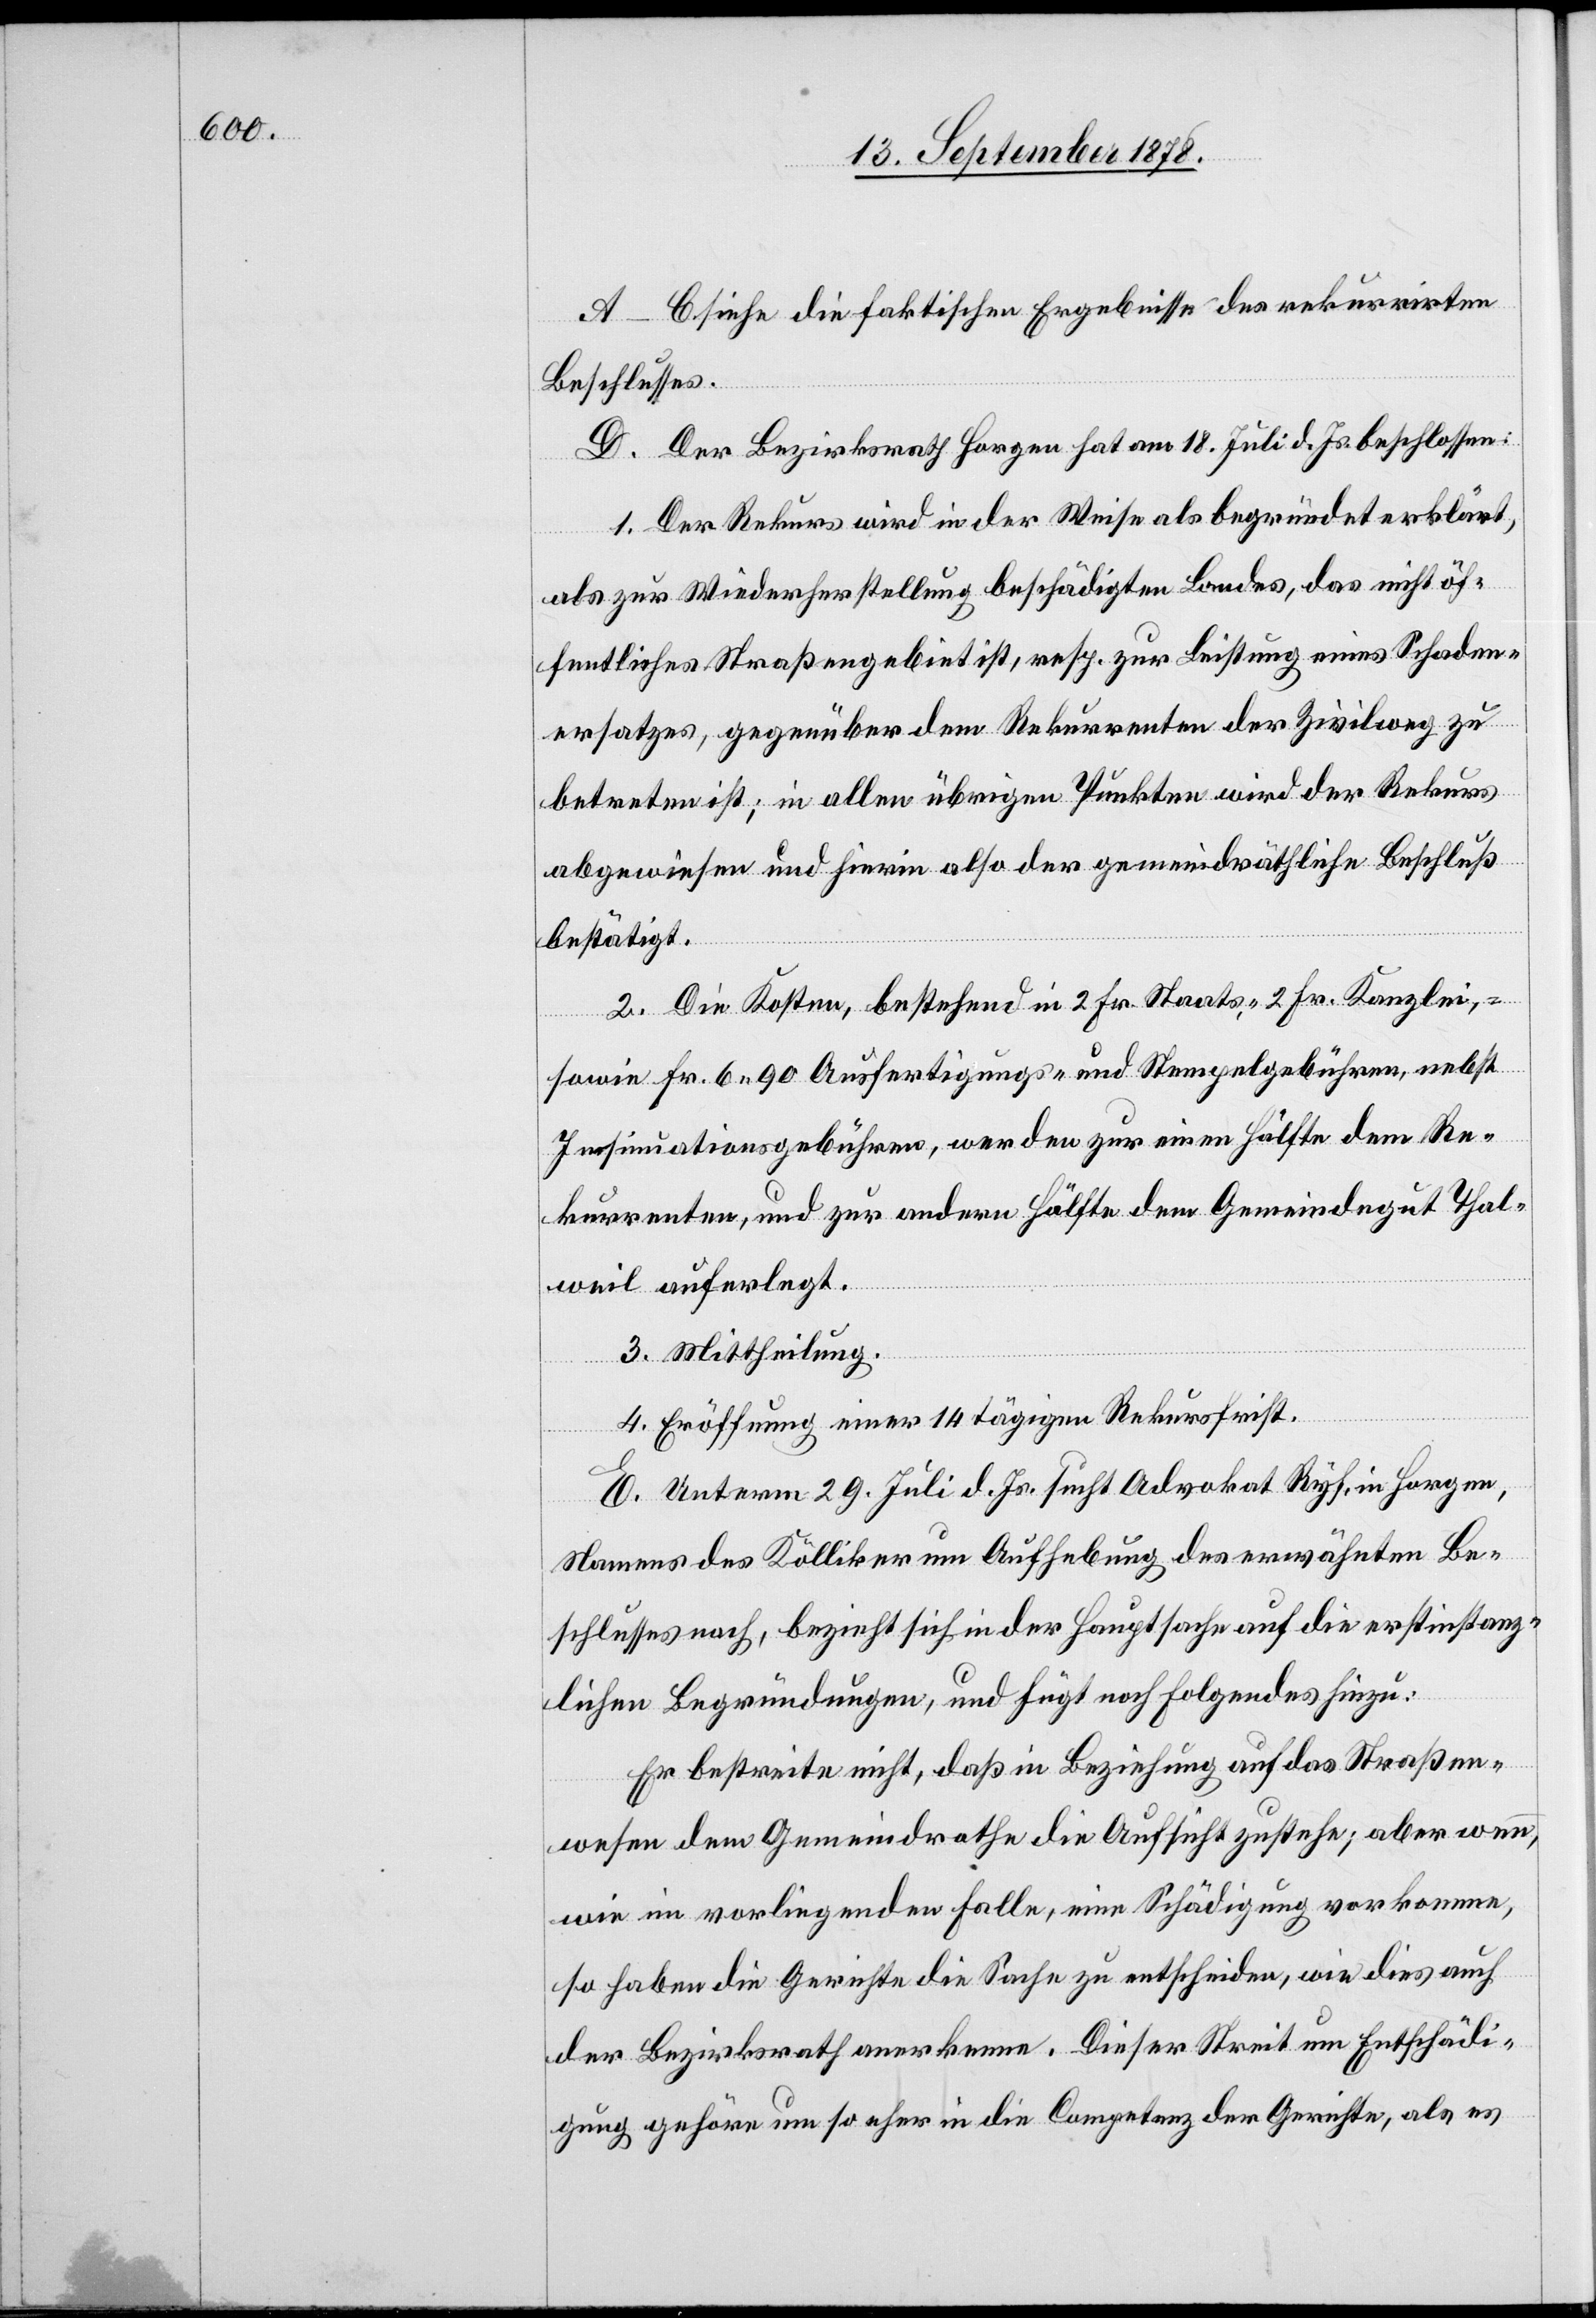
A–C siehe die faktischen Ergebnisse des rekurrirten
Beschlusses.
D. Der Bezirksrath Horgen hat am 18. Juli d. Js. beschlossen:
1. Der Rekurs wird in der Weise als begründet erklärt,
als zur Wiederherstellung beschädigten Landes, das nicht öf¬
fentliches Straßengebiet ist, resp. zur Leistung eines Schaden¬
ersatzes, gegenüber dem Rekurrenten der Zivilweg zu
betreten ist; in allen übrigen Punkten wird der Rekurs
abgewiesen und hierin also der gemeindräthliche Beschluß
bestätigt.
2. Die Kosten, bestehend in 2 Fr. Staats-, 2 Fr. Kanzlei-,
sowie Fr. 6 90 Ausfertigungs- und Stempelgebühren, nebst
Insinuationsgebühren, werden zur einen Hälfte dem Re¬
kurrenten, und zur andern Hälfte dem Gemeindegut Thal¬
weil auferlegt.
3. Mittheilung.
4. Eröffnung einer 14tägigen Rekursfrist.
E. Unterm 29. Juli d. Js. sucht Advokat Ryf, in Horgen,
Namens des Kölliker um Aufhebung des erwähnten Be¬
schlusses nach, bezieht sich in der Hauptsache auf die erstinstanz¬
lichen Begründungen, und fügt noch folgendes hinzu:
Er bestreite nicht, daß in Beziehung auf das Straßen¬
wesen dem Gemeindrathe die Aufsicht zustehe; aber wenn,
wie im vorliegenden Falle, eine Schädigung vorkomme,
so haben die Gerichte die Sache zu entscheiden, wie dies auch
der Bezirksrath anerkenne. Dieser Streit um Entschädi¬
gung gehöre um so eher in die Competenz der Gerichte, als es